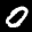
Label: 0